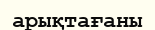
арықтағаны